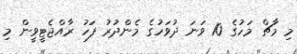
މި މާޗް މަހުގެ 10 ވަނަ ދުވަހުގެ މެންދުރު ފަހު ރާއްޖެޓީވީން މި